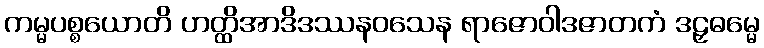
ကမ္မပစ္စယောတိ ဟတ္ထိအာဒိဒဿနဝသေန ရာဇောဝါဒဇာတကံ ဒဠှဓမ္မေ